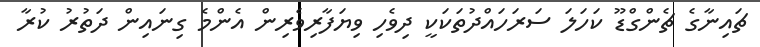
ޗައިނާގެ ޗެންގްޑޫ ކަހަލަ ސަރަހައްދުތަކަކީ ދިވެހި ވިޔަފާރިވެރިން އެންމެ ގިނައިން ދަތުރު ކުރާ